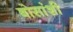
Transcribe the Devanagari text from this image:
बोसांशी